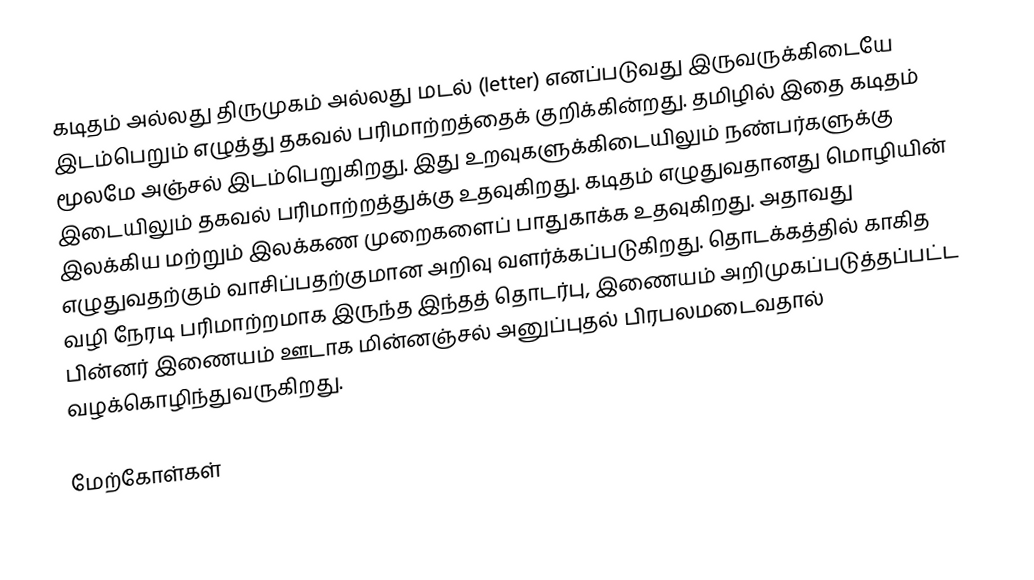
கடிதம் அல்லது திருமுகம் அல்லது மடல் (letter) எனப்படுவது இருவருக்கிடையே இடம்பெறும் எழுத்து தகவல் பரிமாற்றத்தைக் குறிக்கின்றது. தமிழில் இதை கடிதம் மூலமே  அஞ்சல் இடம்பெறுகிறது. இது உறவுகளுக்கிடையிலும் நண்பர்களுக்கு இடையிலும் தகவல் பரிமாற்றத்துக்கு உதவுகிறது. கடிதம் எழுதுவதானது மொழியின் இலக்கிய மற்றும் இலக்கண முறைகளைப் பாதுகாக்க உதவுகிறது. அதாவது எழுதுவதற்கும் வாசிப்பதற்குமான அறிவு வளர்க்கப்படுகிறது.  தொடக்கத்தில் காகித வழி நேரடி பரிமாற்றமாக இருந்த இந்தத் தொடர்பு, இணையம் அறிமுகப்படுத்தப்பட்ட பின்னர் இணையம் ஊடாக மின்னஞ்சல் அனுப்புதல் பிரபலமடைவதால் வழக்கொழிந்துவருகிறது.

மேற்கோள்கள்